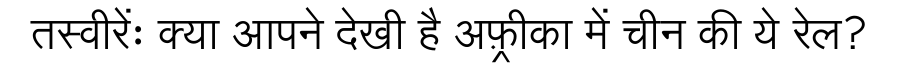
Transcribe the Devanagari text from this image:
तस्वीरेंः क्या आपने देखी है अफ़्रीका में चीन की ये रेल?